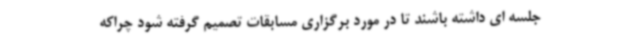
جلسه ای داشته باشند تا در مورد برگزاری مسابقات تصمیم گرفته شود چراکه